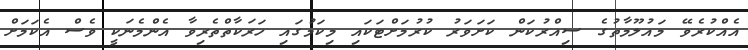
އެއްކުރެވޭ މައުލޫމާތުގެ ސިއްރުކަން ކަށަވަރު ކުރުމަށްޓަކައި މިކަމުގައި ހަރަކާތްތެރިވާ އެންމެނަކީ ވެސް އެކަމަށް